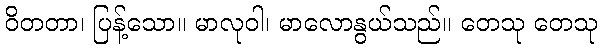
ဝိတတာ၊ ပြန့်သော။ မာလုဝါ၊ မာလောနွယ်သည်။ တေသု တေသု